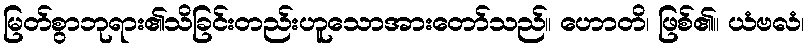
မြတ်စွာဘုရား၏သိခြင်းတည်းဟူသောအားတော်သည်။ ဟောတိ၊ ဖြစ်၏။ ယံဗလံ၊